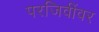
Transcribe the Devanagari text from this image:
परजिवींवर